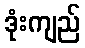
ဒုံးကျည်